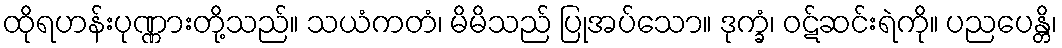
ထိုရဟန်းပုဏ္ဏားတို့သည်။ သယံကတံ၊ မိမိသည် ပြုအပ်သော။ ဒုက္ခံ၊ ဝဋ်ဆင်းရဲကို။ ပညပေန္တိ၊